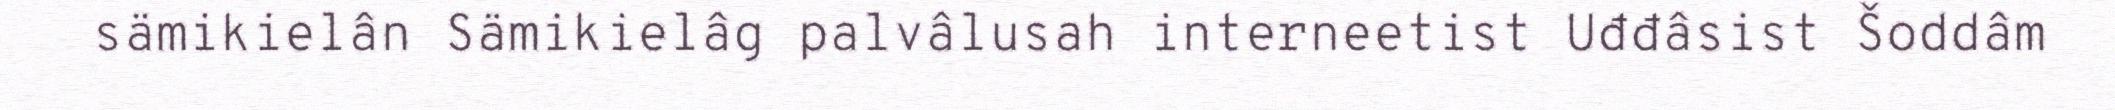
sämikielân Sämikielâg palvâlusah interneetist Uđđâsist Šoddâm